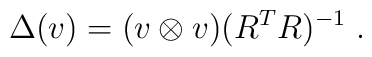
\Delta(v)=(v\otimes v) (R^TR)^{-1}\;.